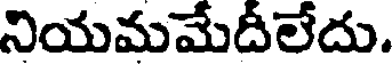
నియమమేదీలేదు.